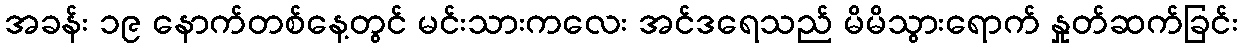
အခန်း ၁၉ နောက်တစ်နေ့တွင် မင်းသားကလေး အင်ဒရေသည် မိမိသွားရောက် နှုတ်ဆက်ခြင်း